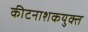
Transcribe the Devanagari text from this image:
कीटनाशकयुक्त